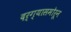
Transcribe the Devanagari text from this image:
दर्ग्यासमोरून